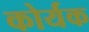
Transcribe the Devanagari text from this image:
कोर्यक